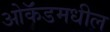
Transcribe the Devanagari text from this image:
ओकॅंडमधील